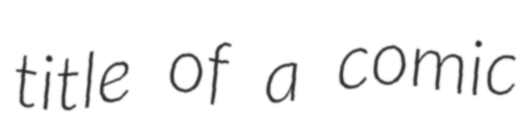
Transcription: title of a comic